Calcutta medical institutions reports 1892-1900
Year: 1892
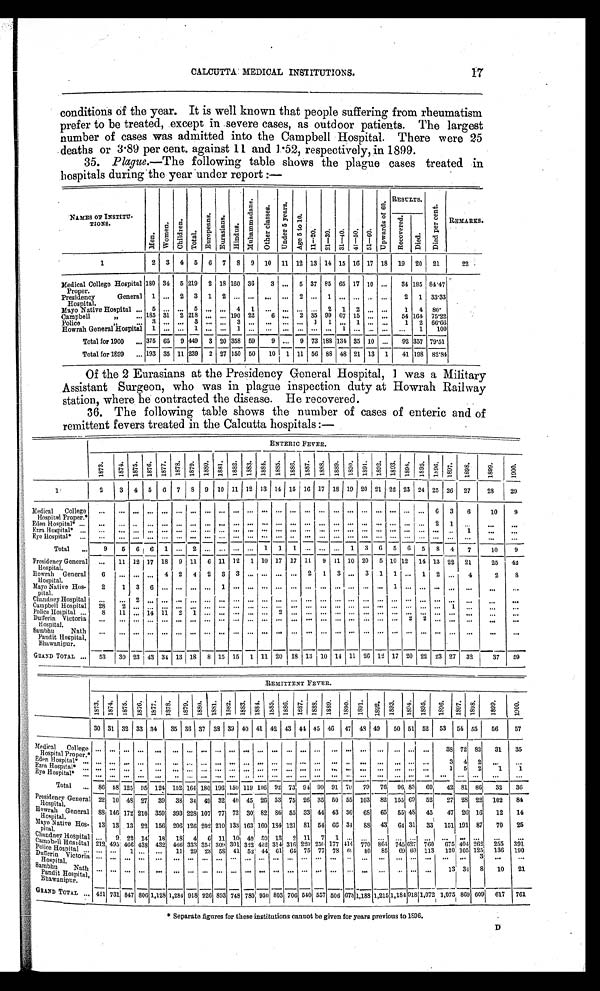
17
CALCUTTA MEDICAL INSTITUTIONS.
conditions of the year. It is well known that people suffering from rheumatism
prefer to be treated, except in severe cases, as outdoor patients. The largest
number of cases was admitted into the Campbell Hospital. There were 25
deaths or 3.89 per cent. against 11 and l .52, respectively, in 1899.
35. Plague.—The following table shows the plague cases treated in
hospitals during the year under report :—
N A M E S O F I N S T I A T U -
T I O N S .
M e n .
W o m e n .
C h i l d r e n .
T o t a l .
E u r o p e a n s .
E u r a s i a n s .
H i n d u s .
M u h a m m a d a n s . O t h e r c l a s s e s . U n d e r 5 y e a r s .
A g e 5 t o 1 0 .
1 1 – 2 0 . 2 1 – 3 0 . 3 1 – 4 0 41–50 51–60
Up wa r d s o f 6 0 .
R E S U L T S .
Di e d p e r c e n t .
REMARKS.
R e c o v e r e d .
D i e d .
1
2
3 4 5
6 7
8 9 10 11 12 13 14 15 16 17 18 19 20 21
22
Medical College Hospital
Proper.
180 34 5 219 2 18 160 36
3
. . . 5 37 85 65 17 10 ...
34 185 84.47
Presidency
General
Hospital.
1
. . . 2
3
1 2
. . .
. . .
. . . . . .
2
. . . 1
. . .
... ... ...
2 1 33.33
Mayo Native Hospital ... 5
. . .
. . . 5
. . . ... 4 1 ... ... ... ... 2 1 2 ... ...
1 4 80.
Campbell
185 31
218
. . . ... 190 22
6 ... 2 35 99 67 15 . .. ...
54 164. 75.22
Police.
3
. . .
. . . 3
. . . ... 3
. . . ... ... ... 1
1
. . . 1 ... ...
1 2 66.66
Howrah Generallospita 1
. . . ... 1
. . . ... 1
. . . ... ... ... ... ... 1 ... .. ... ...
1
100
Total for 1900
... 375 65 9 449 3 20 358 59
9 ... 9 73 188 134 35 10 ...
92 357 79.51
Total for 1899
... 193 35 11 239 2 27 150 50
10 1 11 56 88 48 21 13 1
41 198 82.84
Of the 2 Eurasians at the Presidency General Hospital, I was a Military
Assistant Surgeon, who was in plague inspection duty at Howrah Railway
station, where he contracted the disease. He recovered.
36. The following table shows the number of cases of enteric and of
remittent fevers treated in the Calcutta hospitals :—
ENTERIC FEVER.
1873.
1874. 1875. 1876 1877 1878. 1879. 1880. 1881. 1882. 1883. 1884. 1885. 1886. 1887. 1888. 1889. 1890.
1891.
1892. 1893. 1894. 1895. 1896. 1897. 1898.
1899.
1900.
1
2
3 4
5 6 7 8 9 10 11 12 13
1 4 15 16 17 18 19 20 21 22 23
2 4 25 26 27
28
29
M e d i c a l C o l l e g e
Hospital Proper.
. . .
. . .
. . . . . . . . .
. . .
. . . . . .
. . .
. . .
. . . . . .
. . .
. . . . . .
. . .
. . .
...
. . . . . .
. . .
. . .
. . .
6
3
6
10
9
E den Hospital* ...
...
... .. ...
. . .
. . .
. . .
. . .
. . . - - - -
. . .
. . .
2 1
. . .
. . .
. . .
. . . . . .
. . .
. . .
. . .
. . .
. . .
. . .
. . .
. . . . . .
. . .
. . . . . .
. . .
. . .
...
. . . . . .
. . .
. . .
. . .
. . . . . .
1
. . .
. . .
E y e H o s p i t a * . . .
. . .
. . . . . .
. . .
. . .
. . .
. . .
. . .
. . .
. . .
. . . . . .
. . .
. . . . . .
. . .
. . .
...
. . . . . .
. . .
. . .
. . .
. . . . . .
. . .
. . .
. . .
Total
...
9
6
6 6 1 ... 2
. . .
. . .
. . .
. . . 1 1 1 ... ... ... 1
3 6 5 6 5 8 4
7
10
9
Presidency General
Hospital,
. . .
11 12 17 18 9 11 6 11 12 1 10 17 17 11 9 11 10 20 5 10 12 14 13 22 21
25
4 2
Howrah General
Hospital.
6
... ...
. . . 4 2 4 2 3 3 ... ... ... ... 2 1 3 ... 3 1 1
. . . 1 2
. . . 4
2
8
Mayo Native Hos-
pital.
2
1 3 6
. . .
. . .
. . .
. . . 1
. . .
. . . . . .
. . .
. . . . . .
. . .
. . .
...
. . . . . . 1
. . .
. . .
. . . . . .
. . .
. . .
. . .
Chandney Hospita
. . .
. . .
2
. . .
. . .
. . .
. . .
. . .
. . .
. . .
. . . . . .
. . .
. . . . . .
. . .
. . .
...
. . . . . .
. . .
. . .
. . .
. . . . . .
. . .
. . .
. . .
Campbell Hospital
28
2
. . . . . .
. . . . . .
. . .
. . .
. . .
. . .
. . .
. . .
. . . . . . .
. . .
. . .
. . . ...
. . . . . .
. . .
. . .
. . .
. . . 1
. . . ...
. . .
Police Hospital ...
Dullerin
8
1 1 . . . 14.
1 1
2
1 ... ...
. . . ...
. . .
1
. . .
. . .
. . .
. . .
. . .
. . .
. . .
. . . . . . .
. . .
. . .
. . .
. . . ...
. . .
Victoria
H ospital.
. . .
. . .
. . . . . .
. . .
. . .
. . .
. . .
. . .
. . .
. . . . . .
. . .
. . . . . .
. . .
. . .
...
. . . . . .
. . .
2
2
. . .
. . .
. . .
. . .
. . . .
S a n b h u N a t h
Pandit Hospital,
Bhawanipur.
. . .
. . .
. . . . . .
. . .
. . .
. . .
. . .
. . .
. . .
. . . . . .
. . .
. . . . . .
. . .
. . .
...
. . . . . .
. . .
. . .
. . .
. . . . . .
. . .
. . .
. . .
GRAND TOTAL ... 53
30 23 43 34 13
1 8 15 15 1 11 20 18 13 10 14 11 20 12 17 20 22 23 27 32
37
59
REMITTENT FEVER.
1 8 7 3 . 1874. 1 8 7 5 .
1 8 7 6 .
1 8 7 7
1878.
1879.
1 8 8 0 .
1 8 8 1 . 1 8 8 2 .
1883. 1884. 1 8 8 5 .
1 8 8 6 .
1 8 8 7 . 1 8 8 8 . 1889. 1890. 1 8 9 1 .
1 8 9 2 .
1 8 9 3 . 1894.
1 8 9 5 .
1 8 9 6 .
1 8 9 7 .
1898.
1 8 9 9 .
1900.
30 31 32 33
3 4 35 36 37
3 8
39 40 41 42 43 44 45 46 47 48 49
50 51 52 53
5 4 55 56
57
Medical Colleg
Hospital Proper.*
. . .
. . . . . .
. . .
. . .
. . . . . .
. . .
. . . . . .
. . .
...
. . . . . .
. . .
. . .
. . .
...
. . .
. . .
. . .
...
. . . 38 72 82
31
35
Eden hospita* ...
. . .
. . . . . .
. . .
. . .
. . . . . .
. . .
. . . . . .
. . .
...
. . . . . .
. . .
. . .
. . .
...
. . .
. . .
. . .
...
. . .
3 4 2
. . .
. . .
E z r a H o s p i t a l * . . . . . .
. . . . . .
. . .
. . .
. . . . . .
. . .
. . . . . .
. . .
...
. . . . . .
. . .
. . .
. . .
...
. . .
. . .
. . .
...
. . .
1 5 2
1
1
E y e H o s p i t a * . . . . . .
. . . . . .
. . .
. . .
. . . . . .
. . .
. . . . . .
. . .
...
. . . . . .
. . .
. . .
. . .
...
. . .
. . .
. . .
...
. . .
. . .
. . .
. . .
. . .
. . .
Total ... 86 58 125 95 124 152 164 180 196 150 119 156 92 73 94 90 91 70 79 76 96 83 69
42 81 86
32
36
Presidency General
Hospital.
22 10 48 27 39 38 34 49 32 40 45 26 53 75 26 35 50 55 103 82 135 69 52
27 28 22 102
84
Howrah General
H o s p i t a l .
88 146 172 210 359 393 228 107 77 73 30 82 86 55 33 44 43 36 68 65 55 48 45
47 26 16
12
14
Mayo Native Hos-
pital.
13 13 13 22 156 206 126 202 210 133 163 160 184 121 81 54 66 34 88 43 64 31 33 151 191 87
70
25
Chandney Hospital
. . . 9 22 14 18 18
4
6 11 10 49 50 13 2 11 7
1 ...
. . .
. . .
. . . . . .
. . . . . .
. . . . . .
. . . . .
l C a m o b e l l H o s p i t a l 212 495 466 435 432 461 333 354 309 301 342 462 314 316 225 210 177 41.1 770 861 7. 45 27 760 67 5 404 26-
2 5 5
3 9 1
P o l c e H o s p i t a l . . .
. . .
. . .
1
. . .
. . . - 11 29 25 5S 41 59 44 61 64 75 77 78 61
8 0
8 5 69 60
1 1 3 120 105
1 2 5 130 190
D u f f e r i n V i c t o r i a
Hospital.
. . . . . .
. . . . . .
. . .
. . . . . .
. . .
. . . . . .
. . .
...
. . .
. . .
. . . . . .
. . .
...
. . .
. . .
. . .
...
. . .
. . .
. . . 3
. . .
. . .
Sabhu
Nath
Pandit Hospital,
Bhawanipur.
. . .
. . . .
. . . .
. . .
. . .
. . .
. . .
. . .
. . .
. . .
. . . ...
. . .
. . .
. . .
. . .
. . . ...
. . .
. . .
. . . ...
. . .
1 3
3 4 8
10
21
GRAND TOTAL . . . 421 731 817 800
1 , 1 2 8
1 , 1 8 4
9 1 8 926 893
748 780 930 803 706 540 557
5 0 6 678 1,188 1,215 1,184 918 1,072 1,072 I
809 609 617 761
Separate figures for these institutions cannot be given for years previous to 1896.